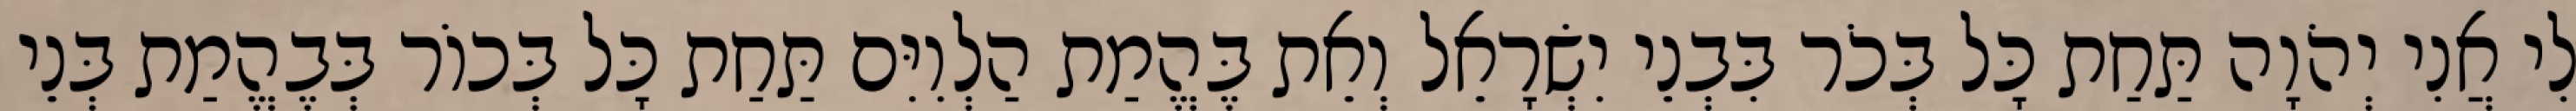
לִי אֲנִי יְהֹוָה תַּחַת כָּל בְּכֹר בִּבְנֵי יִשְׂרָאֵל וְאֵת בֶּהֱמַת הַלְוִיִּם תַּחַת כָּל בְּכוֹר בְּבֶהֱמַת בְּנֵי